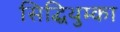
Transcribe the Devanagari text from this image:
सिद्धिथुम्का